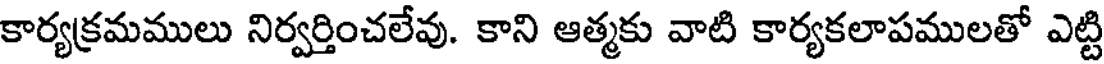
కార్యక్రమములు నిర్వర్తించలేవు. కాని ఆత్మకు వాటి కార్యకలాపములతో ఎట్టి